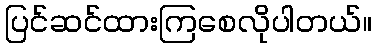
ပြင်ဆင်ထားကြစေလိုပါတယ်။